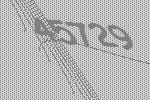
45729